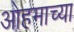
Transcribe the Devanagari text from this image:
ओहमाच्या